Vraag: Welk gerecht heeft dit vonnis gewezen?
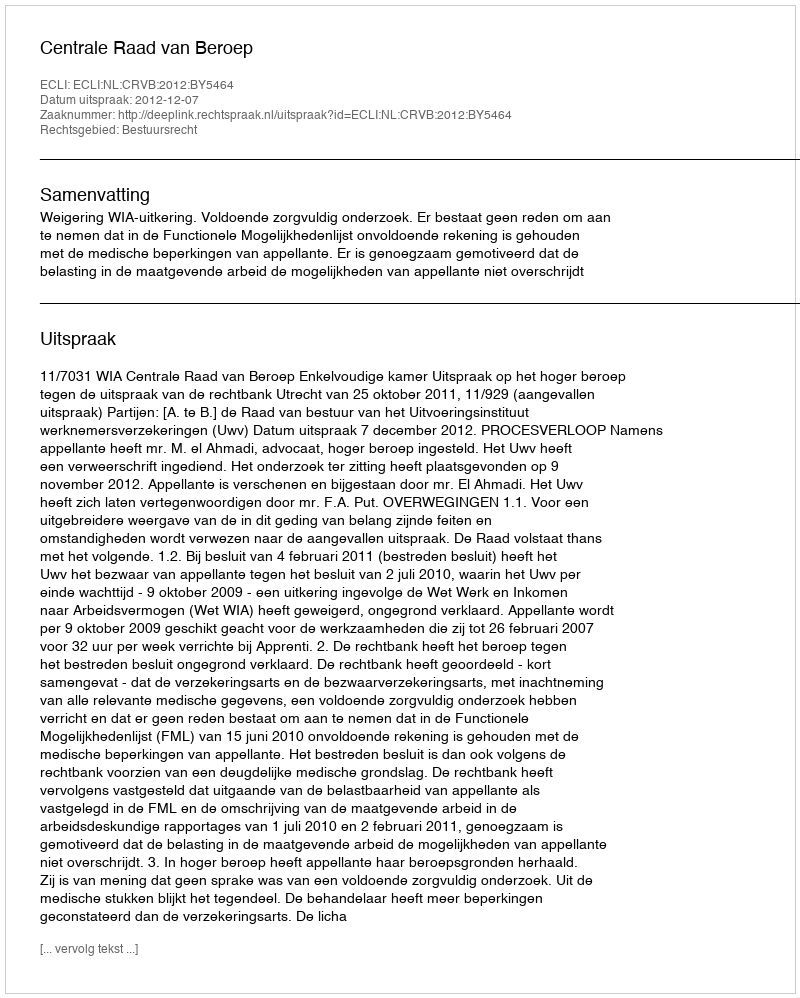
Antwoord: Centrale Raad van Beroep